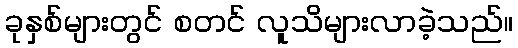
ခုနှစ်များတွင် စတင် လူသိများလာခဲ့သည်။